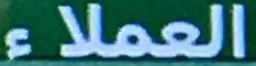
العملاء